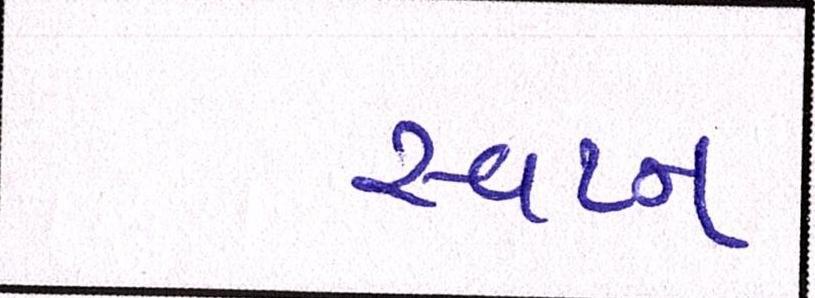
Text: સ્વપ્ન